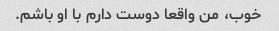
خوب، من واقعا دوست دارم با او باشم.